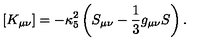
\left[ K _ { \mu \nu } \right] = - \kappa _ { 5 } ^ { 2 } \left( S _ { \mu \nu } - { \frac { 1 } { 3 } } g _ { \mu \nu } S \right) .